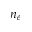
n _ { e }